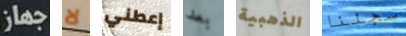
جهاز لا إعطني بعد الذهبية سجلنا